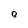
Character: 0